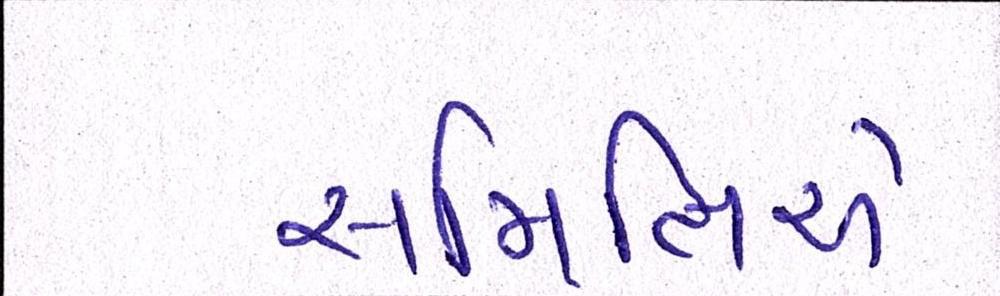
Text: સમિતિએ